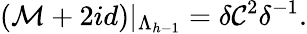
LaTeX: ({\cal M}+2id)|_{\Lambda_{h-1}}=\delta{\cal C}^{2}\delta^{-1}.